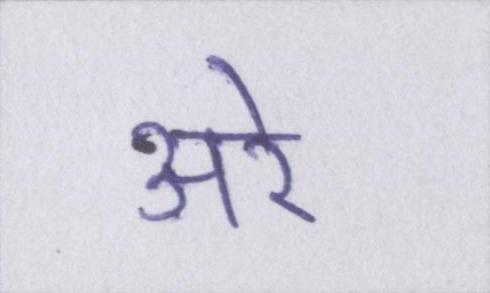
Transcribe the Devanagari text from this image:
अरे